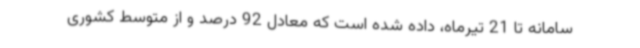
سامانه تا 21 تیرماه، داده شده است که معادل 92 درصد و از متوسط کشوری